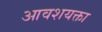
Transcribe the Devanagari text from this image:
आवशयक्ता